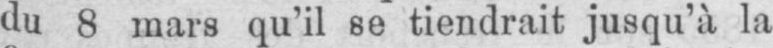
du 8 mars qu’il se tiendrait jusqu’à la